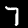
Label: 7